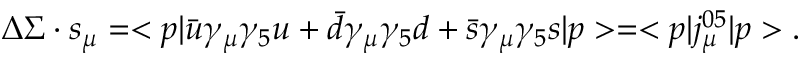
\Delta \Sigma \cdot s _ { \mu } = < p | \bar { u } \gamma _ { \mu } \gamma _ { 5 } u + \bar { d } \gamma _ { \mu } \gamma _ { 5 } d + \bar { s } \gamma _ { \mu } \gamma _ { 5 } s | p > = < p | j _ { \mu } ^ { 0 5 } | p > .